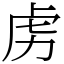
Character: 虏